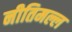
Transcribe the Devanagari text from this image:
नीतिमल्ल